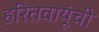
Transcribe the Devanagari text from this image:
हरितवायूंची